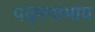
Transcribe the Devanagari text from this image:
पद्मनाभाय